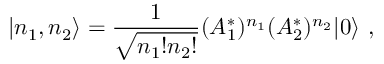
| n _ { 1 } , n _ { 2 } \rangle = \frac { 1 } { \sqrt { n _ { 1 } ! n _ { 2 } ! } } ( A _ { 1 } ^ { * } ) ^ { n _ { 1 } } ( A _ { 2 } ^ { * } ) ^ { n _ { 2 } } | 0 \rangle \ ,